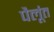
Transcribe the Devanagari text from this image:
पैलूंत